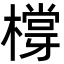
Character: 橕